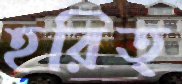
হরিত্